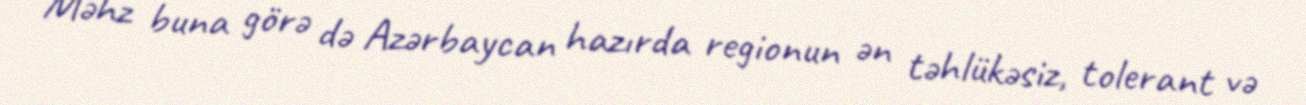
Məhz buna görə də Azərbaycan hazırda regionun ən təhlükəsiz, tolerant və